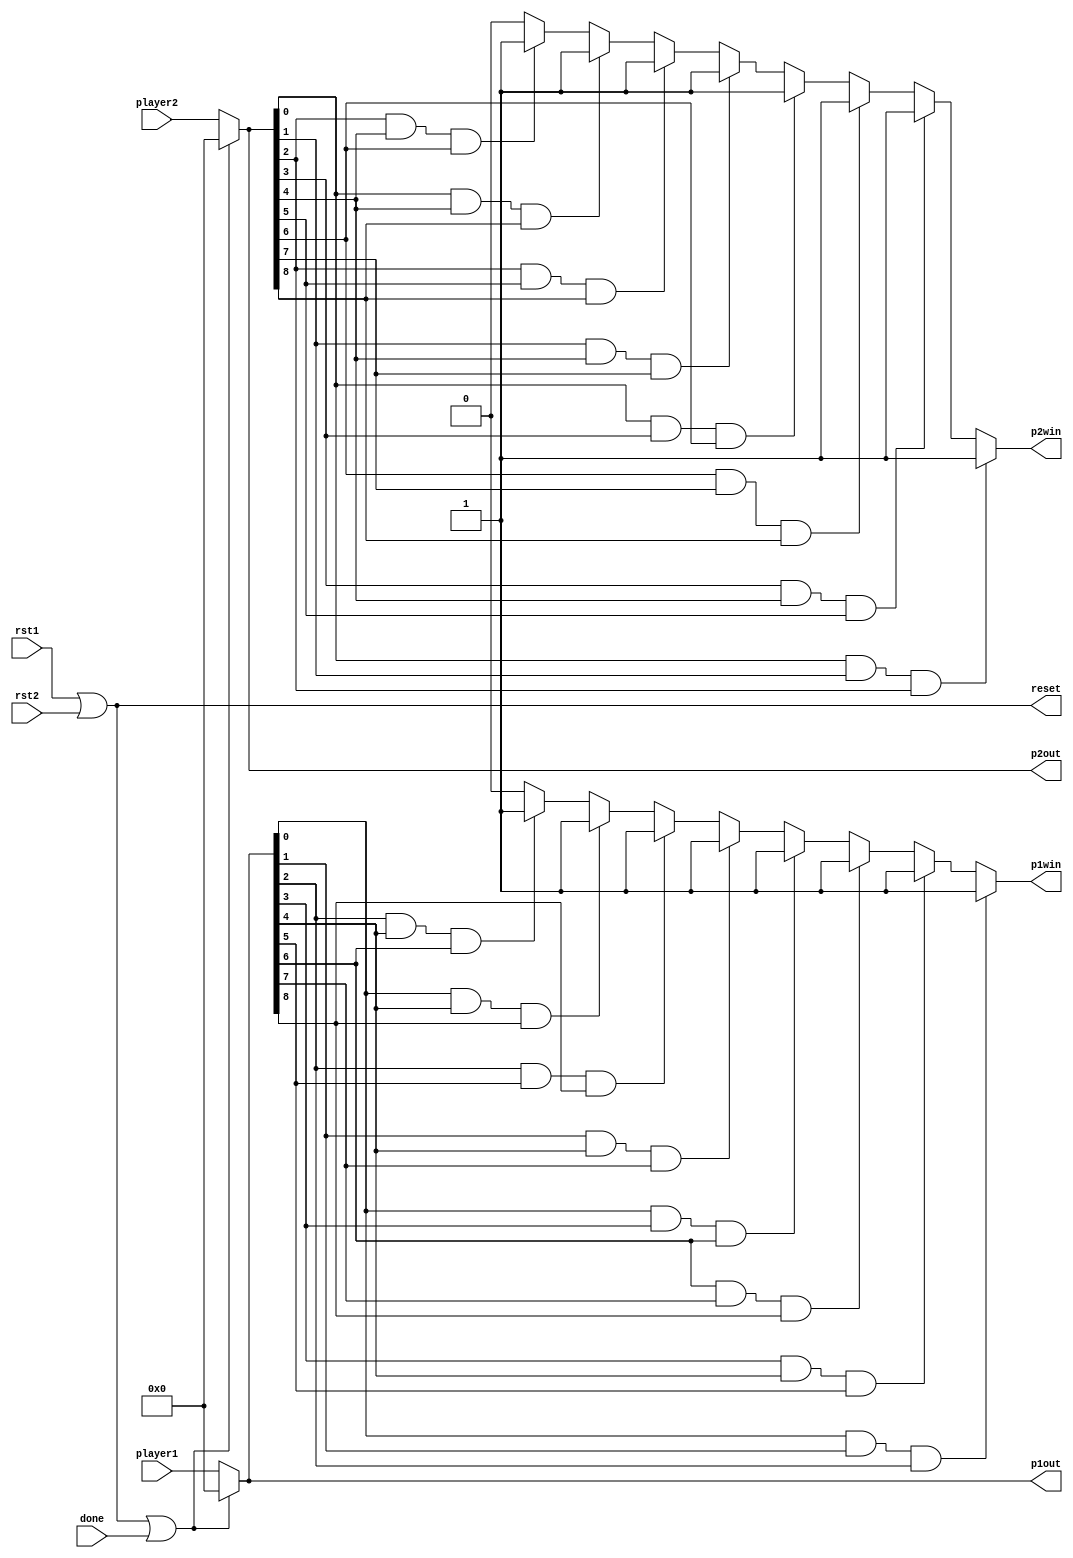
module Datapath(
	input rst1, rst2, done,
	input [8:0] player1, player2,
	output reg p1win, p2win,
	output reset,
	output reg [8:0] p1out, p2out);
	
	
initial begin p1out=0; p2out=0; end

always@*
begin
if (rst1 == 1 || rst2 == 1 || done) begin p1out <= 0; p2out <= 0; end
else
begin p1out = player1; p2out = player2; end
end

assign reset = rst1 || rst2;

always@*
begin
if (p1out[0]==1 && p1out[1]==1 && p1out[2]==1) p1win<=1;
else if (p1out[3]==1 && p1out[4]==1 && p1out[5]==1) p1win<=1;
else if (p1out[6]==1 && p1out[7]==1 && p1out[8]==1) p1win<=1;
else if (p1out[0]==1 && p1out[3]==1 && p1out[6]==1) p1win<=1;
else if (p1out[1]==1 && p1out[4]==1 && p1out[7]==1) p1win<=1;
else if (p1out[2]==1 && p1out[5]==1 && p1out[8]==1) p1win<=1;
else if (p1out[0]==1 && p1out[4]==1 && p1out[8]==1) p1win<=1;
else if (p1out[2]==1 && p1out[4]==1 && p1out[6]==1) p1win<=1;
else p1win<=0;
end

always@*
begin
if (p2out[0]==1 && p2out[1]==1 && p2out[2]==1) p2win<=1;
else if (p2out[3]==1 && p2out[4]==1 && p2out[5]==1) p2win<=1;
else if (p2out[6]==1 && p2out[7]==1 && p2out[8]==1) p2win<=1;
else if (p2out[0]==1 && p2out[3]==1 && p2out[6]==1) p2win<=1;
else if (p2out[1]==1 && p2out[4]==1 && p2out[7]==1) p2win<=1;
else if (p2out[2]==1 && p2out[5]==1 && p2out[8]==1) p2win<=1;
else if (p2out[0]==1 && p2out[4]==1 && p2out[8]==1) p2win<=1;
else if (p2out[2]==1 && p2out[4]==1 && p2out[6]==1) p2win<=1;
else p2win<=0;
end

endmodule